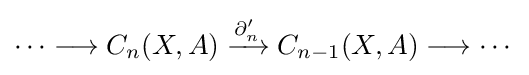
\cdots \longrightarrow C_{n}(X,A)\xrightarrow {\partial '_{n}} C_{n-1}(X,A)\longrightarrow \cdots